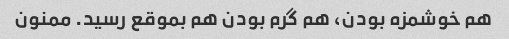
هم خوشمزه بودن، هم گرم بودن هم بموقع رسید. ممنون